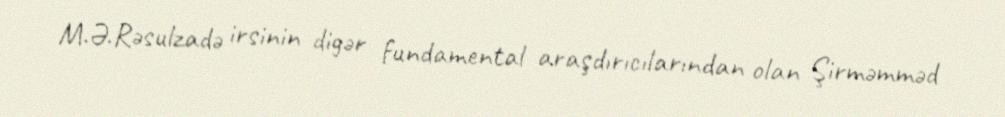
M.Ə.Rəsulzadə irsinin digər fundamental araşdırıcılarından olan Şirməmməd